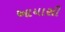
આયાસી